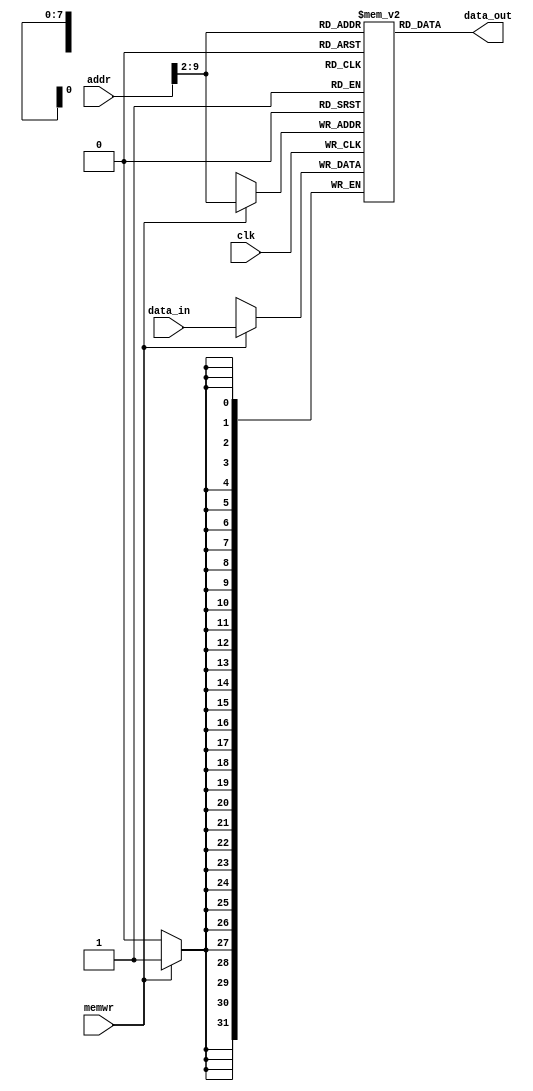
`timescale 1ns / 1ps
//////////////////////////////////////////////////////////////////////////////////
// Company: 
// Engineer: 
// 
// Design Name: 
// Module Name:    dmem 
// Project Name: 
// Target Devices: 
// Tool versions: 
// Description: 
//
// Dependencies: 
//
// Revision: 
// Revision 0.01 - File Created
// Additional Comments: 
//
//////////////////////////////////////////////////////////////////////////////////
module dmem(
    input clk,
    input [31:0] data_in,
    input [31:0] addr,
    output [31:0] data_out,
    input memwr
    );
	 	 reg [31:0]mem[255:0];
assign #200 data_out = mem[addr[9:2]];
	 
	always @(posedge clk)
	begin 
	if (memwr)
	 mem[addr[9:2]]<=data_in;
	end


endmodule